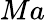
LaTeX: Ma